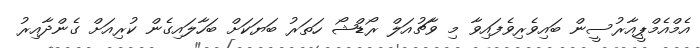
އެމްއެމްޕީއާރުސީން ބައިވެރިވެފައިވާ މި ވާޗުއަލް ރޯޑްޝޯ ހަތަރު ބަޔަކަށް ބަހާލައިގެން ކުރިއަށް ގެންދާއިރު